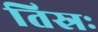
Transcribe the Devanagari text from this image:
तिस्रः